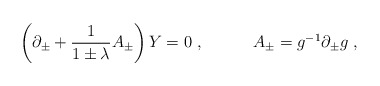
\begin{align*}\left( \partial_\pm + {1\over 1\pm\lambda}A_\pm\right) Y =0\ ,\quad\quad\quad A_\pm = g^{-1}\partial_\pm g\ ,\end{align*}